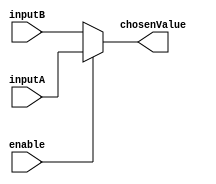
module twoInputMux(
    input enable,
    input [15:0] inputA,
    input [15:0] inputB,
    output [15:0] chosenValue
    );

	assign chosenValue = enable? inputA:inputB;

endmodule